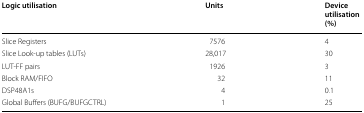
<table><thead><tr><td><b>Logic utilisation</b></td><td><b>Units</b></td><td><b>Device utilisation (%)</b></td></tr></thead><tbody><tr><td>Slice Registers</td><td>7576</td><td>4</td></tr><tr><td>Slice Look-up tables (LUTs)</td><td>28,017</td><td>30</td></tr><tr><td>LUT-FF pairs</td><td>1926</td><td>3</td></tr><tr><td>Block RAM/FIFO</td><td>32</td><td>11</td></tr><tr><td>DSP48A1s</td><td>4</td><td>0.1</td></tr><tr><td>Global Buffers (BUFG/BUFGCTRL)</td><td>1</td><td>25</td></tr></tbody></table>